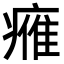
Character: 𤸰